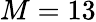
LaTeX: M=13